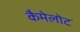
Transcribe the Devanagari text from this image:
कैमेलोट